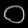
Digit: ၀